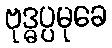
ဗုဒ္ဓပ္ပမုခေ